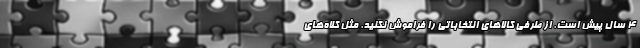
4 سال پیش است. از طرفی کالاهای انتخاباتی را فراموش نکنید. مثل کلاه‌های